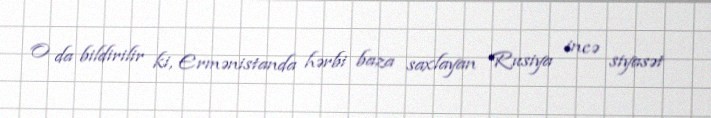
O da bildirilir ki, Ermənistanda hərbi baza saxlayan Rusiya incə siyasət